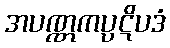
အပဏ္ဏကပ္ပဋိပဒံ